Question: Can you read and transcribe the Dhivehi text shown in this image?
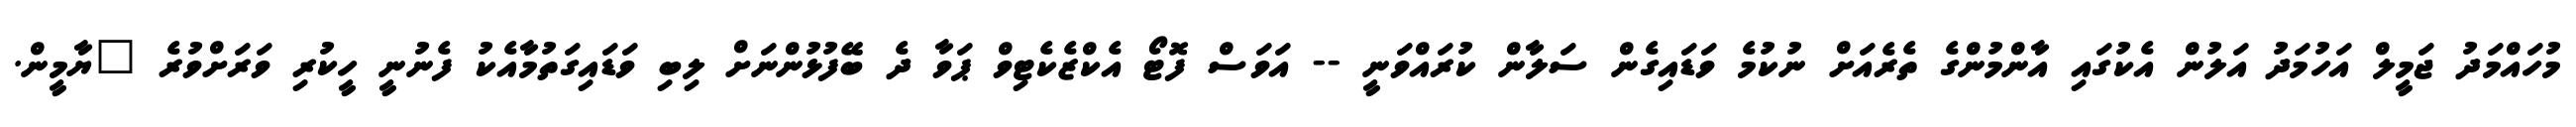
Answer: މުހައްމަދު ޖަމީލް އަހުމަދު އަލުން އެކުގައި އާންމުންގެ ތެރެއަށް ނުކުމެ ވަޑައިގެން ސަލާން ކުރައްވަނީ -- އަވަސް ފޮޓޯ އެކްޒެކެޓިވް ޕަވާ ދެ ބޭފުޅުންނަށް ލިބި ވަޑައިގަތުމާއެކު ފެނުނީ ހީކުރި ވަރަށްވުރެ "ޔާމީން.